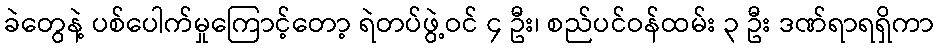
ခဲတွေနဲ့ ပစ်ပေါက်မှုကြောင့်တော့ ရဲတပ်ဖွဲ့ဝင် ၄ ဦး၊ စည်ပင်ဝန်ထမ်း ၃ ဦး ဒဏ်ရာရရှိကာ